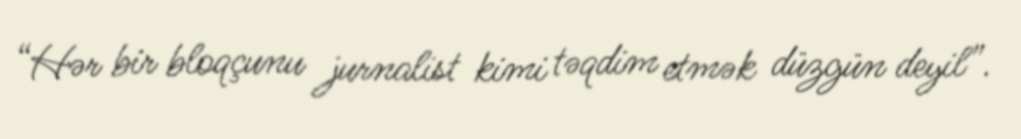
“Hər bir bloqçunu jurnalist kimi təqdim etmək düzgün deyil”.